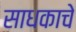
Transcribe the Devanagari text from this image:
साधकाचे